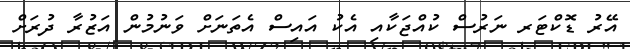
އޭރު ޑޮކްޓަރ ނަރުސް ކުއްޖަކާއި އެކު އައިސް އެތަނަށް ވަނުމުން އަޒުރާ ދުރަށް